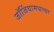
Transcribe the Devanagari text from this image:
जॉर्जियामधल्या